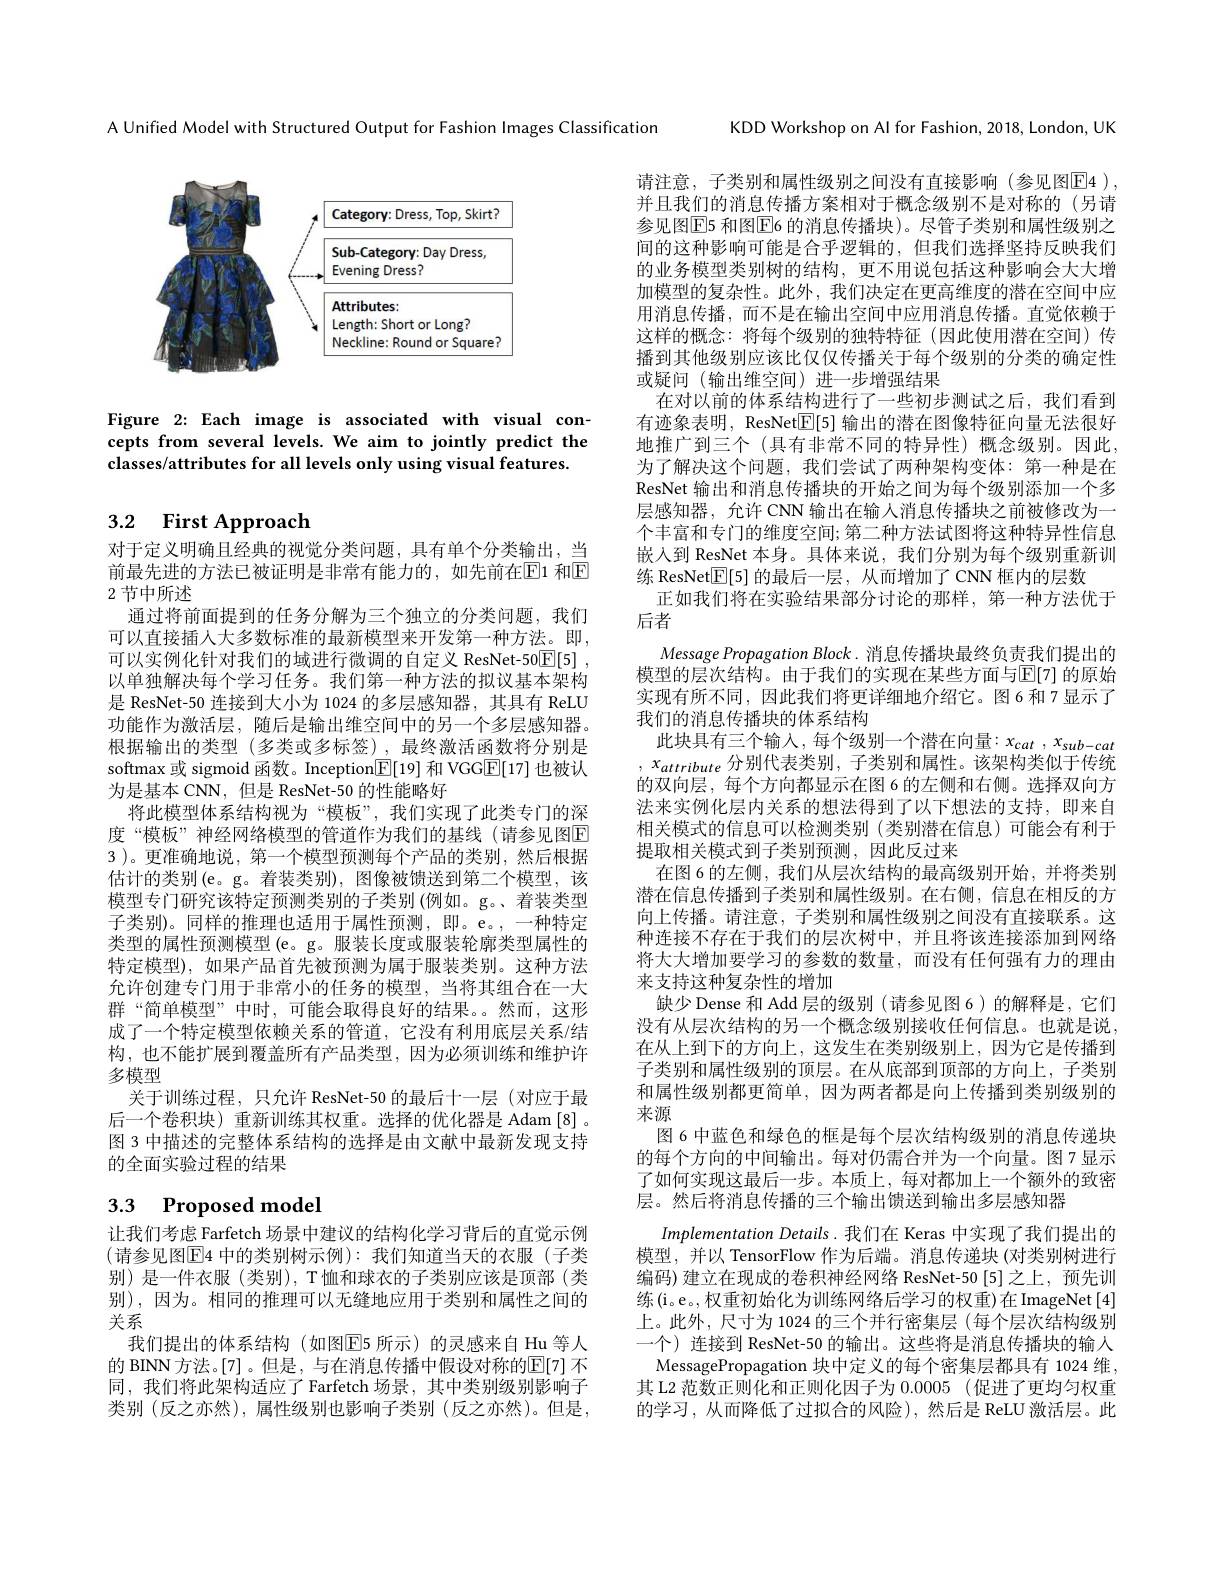
A Unified Model with Structured Output for Fashion Images Classification

<FigureHere>

Figure 2: Each image is associated with visual concepts from several levels. We aim to jointly predict the classes/attributes for all levels only using visual features.

# 3.2 First Approach

前最先进的方法已被证明是非常有能力的，如先前在$\overline{\mathrm{E}}$1 和$\overline{\mathrm{E}}$
2 节中所述

对于定义明确且经典的视觉分类问题，具有单个分类输出，当
通过将前面提到的任务分解为三个独立的分类问题，我们可以直接插人大多数标准的最新模型来开发第一种方法。即， 可以实例化针对我们的域进行微调的自定义 ResNet-50$\boxed{\mathbb{F} }[ 5]$ , 以单独解决每个学习任务。我们第一种方法的拟议基本架构是 ResNet-50 连接到大小为 1024 的多层感知器，其具有 ReLU 功能作为激活层，随后是输出维空间中的另一个多层感知器。根据输出的类型 (多类或多标签) ,最终激活函数将分别是softmax 或 sigmoid 函数。Inception$\boxed{\mathrm{E}}[19]$和 VGG$\boxed{\mathrm{E}}[17]$也被认为是基本 CNN, 但是 ResNet-50 的性能略好
将此模型体系结构视为“模板”,我们实现了此类专门的深度“模板”神经网络模型的管道作为我们的基线(请参见图$\overline{\mathrm{F}}$ 3 )。更准确地说，第一个模型预测每个产品的类别，然后根据估计的类别(e。g。着装类别), 图像被馈送到第二个模型，该模型专门研究该特定预测类别的子类别 (例如。g。、着装类型子类别)。同样的推理也适用于属性预测，即。e。,一种特定类型的属性预测模型 (e。g。服装长度或服装轮廓类型属性的特定模型), 如果产品首先被预测为属于服装类别。这种方法允许创建专门用于非常小的任务的模型，当将其组合在一大群“简单模型”中时，可能会取得良好的结果。然而，这形成了一个特定模型依赖关系的管道，它没有利用底层关系/结构，也不能扩展到覆盖所有产品类型，因为必须训练和维护许多模型
关于训练过程，只允许 ResNet-50 的最后十一层 (对应于最后一个卷积块)重新训练其权重。选择的优化器是 Adam [8] 。图 3 中描述的完整体系结构的选择是由文献中最新发现支持的全面实验过程的结果

# 3.3 Proposed model

让我们考虑 Farfetch 场景中建议的结构化学习背后的直觉示例(请参见图$\boxed{\mathrm{E}}4$ 中的类别树示例): 我们知道当天的衣服(子类别)是一件衣服(类别),T恤和球衣的子类别应该是顶部(类别),因为。相同的推理可以无缝地应用于类别和属性之间的关系
我们提出的体系结构(如图$\overline{\mathrm{E}}$5 所示)的灵感来自 Hu 等人的 BINN 方法。[7] 。但是 , 与在消息传播中假设对称的$\mathbb{E}[7]$ 不同，我们将此架构适应了 Farfetch 场景，其中类别级别影响子类别(反之亦然),属性级别也影响子类别(反之亦然)。但是，

KDD Workshop on Al for Fashion, 2018, London, UK

请注意，子类别和属性级别之间没有直接影响(参见图$\boxed{\mathrm{E}}4)$, 并且我们的消息传播方案相对于概念级别不是对称的(另请参见图E5 和图$\boxed{\mathrm{E}}$6 的消息传播块)。尽管子类别和属性级别之间的这种影响可能是合乎逻辑的，但我们选择坚持反映我们的业务模型类别树的结构，更不用说包括这种影响会大大增加模型的复杂性。此外，我们决定在更高维度的潜在空间中应用消息传播，而不是在输出空间中应用消息传播。直觉依赖于这样的概念：将每个级别的独特特征(因此使用潜在空间)传播到其他级别应该比仅仅传播关于每个级别的分类的确定性或疑问(输出维空间)进一步增强结果
在对以前的体系结构进行了一些初步测试之后，我们看到有迹象表明，ResNet$\boxed{\mathbb{E}}[5]$输出的潜在图像特征向量无法很好地推广到三个 (具有非常不同的特异性)概念级别。因此， 为了解决这个问题，我们尝试了两种架构变体：第一种是在ResNet 输出和消息传播块的开始之间为每个级别添加一个多层感知器，允许 CNN 输出在输人消息传播块之前被修改为一个丰富和专门的维度空间；第二种方法试图将这种特异性信息嵌人到 ResNet 本身。具体来说，我们分别为每个级别重新训练 ResNet$\boxed{\mathbb{E}}[5]$的最后一层，从而增加了 CNN 框内的层数
正如我们将在实验结果部分讨论的那样，第一种方法优于
后者
Message Propagation Block. 消息传播块最终负责我们提出的模型的层次结构。由于我们的实现在某些方面与$\operatorname{E[7]}$ 的原始实现有所不同，因此我们将更详细地介绍它。图6 和7显示了我们的消息传播块的体系结构
此块具有三个输入，每个级别一个潜在向量：$x_cat,x_{sub-cat}$ $,x_{attribute}$分别代表类别，子类别和属性。该架构类似于传统的双向层，每个方向都显示在图 6 的左侧和右侧。选择双向方法来实例化层内关系的想法得到了以下想法的支持，即来自相关模式的信息可以检测类别(类别潜在信息)可能会有利于提取相关模式到子类别预测，因此反过来
在图 6 的左侧，我们从层次结构的最高级别开始，并将类别潜在信息传播到子类别和属性级别。在右侧，信息在相反的方向上传播。请注意，子类别和属性级别之间没有直接联系。这种连接不存在于我们的层次树中，并且将该连接添加到网络将大大增加要学习的参数的数量，而没有任何强有力的理由来支持这种复杂性的增加
缺少 Dense 和 Add 层的级别 (请参见图 6) 的解释是，它们没有从层次结构的另一个概念级别接收任何信息。也就是说， 在从上到下的方向上，这发生在类别级别上，因为它是传播到子类别和属性级别的顶层。在从底部到顶部的方向上，子类别和属性级别都更简单，因为两者都是向上传播到类别级别的来源
图 6 中蓝色和绿色的框是每个层次结构级别的消息传递块的每个方向的中间输出。每对仍需合并为一个向量。图7显示了如何实现这最后一步。本质上，每对都加上一个额外的致密层。然后将消息传播的三个输出馈送到输出多层感知器
Implementation Details. 我们在 Keras 中实现了我们提出的模型，并以 TensorFlow 作为后端。消息传递块 (对类别树进行编码) 建立在现成的卷积神经网络 ResNet-50 [5]之上，预先训练$\left(\mathrm{i}。\mathrm{e}。,\text{权重初始化为训练网络后学习的权重}\right)$在ImageNet$\left[4\right]$ 上。此外，尺寸为 1024 的三个并行密集层 (每个层次结构级别一个) 连接到 ResNet-50 的输出。这些将是消息传播块的输人
MessagePropagation 块中定义的每个密集层都具有 1024 维， 其 L2 范数正则化和正则化因子为0.0005 (促进了更均匀权重的学习，从而降低了过拟合的风险),然后是 ReLU 激活层。此